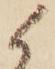
候